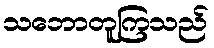
သဘောတူကြသည်